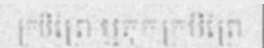
ក្របីព្រៃ ឬគុកក្របីព្រៃ